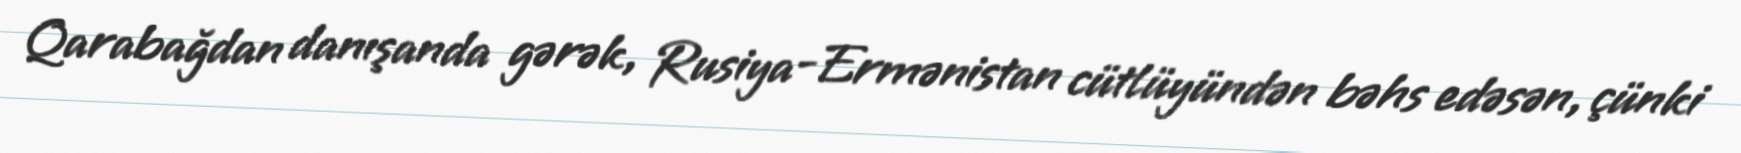
Qarabağdan danışanda gərək, Rusiya-Ermənistan cütlüyündən bəhs edəsən, çünki